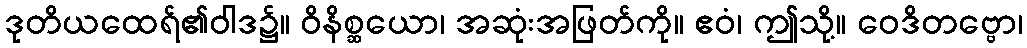
ဒုတိယထေရ်၏ဝါဒ၌။ ဝိနိစ္ဆယော၊ အဆုံးအဖြတ်ကို။ ဧဝံ၊ ဤသို့။ ဝေဒိတဗ္ဗော၊